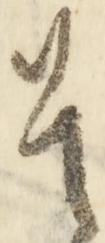
是